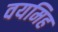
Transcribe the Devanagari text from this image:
वयमिह